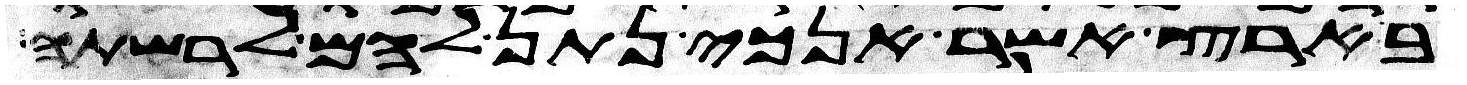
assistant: בארץ אשר אנכי נתן להם לרשתה